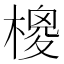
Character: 𣙺